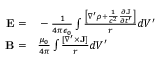
\begin{array} { r l } { { \mathbf E } = } & { { } - \frac { 1 } { 4 \pi \epsilon _ { 0 } } \int \frac { \left[ \nabla ^ { \prime } \rho + \frac { 1 } { c ^ { 2 } } \frac { \partial { \mathbf J } } { \partial t ^ { \prime } } \right] } { r } d V ^ { \prime } } \\ { { \mathbf B } = } & { { } \frac { \mu _ { 0 } } { 4 \pi } \int \frac { [ \nabla ^ { \prime } \times { \mathbf J } ] } { r } d V ^ { \prime } } \end{array}